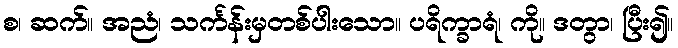
စ၊ ဆက်။ အညံ၊ သင်္ကန်းမှတစ်ပါးသော။ ပရိက္ခာရံ၊ ကို။ ဒတွာ၊ ပြီး၍။